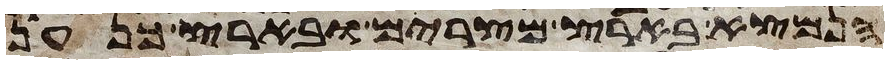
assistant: הנמצא בארץ מצרים ובארץ כנען